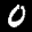
Label: 0